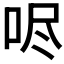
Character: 𫩺